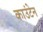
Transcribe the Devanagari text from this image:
काउंटेन